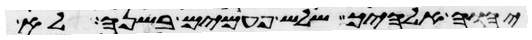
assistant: יהוה אלהיך שלש פעמים בשנה לא